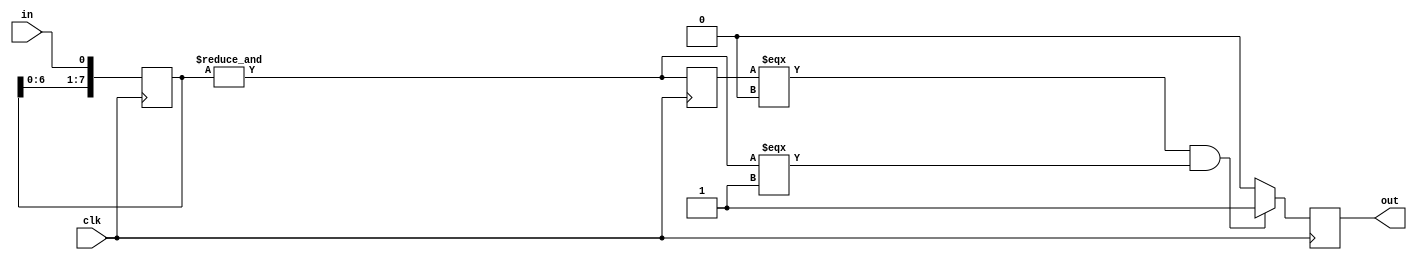
module debounce_onepulse #(
    parameter SIZE = 8
)(
	input clk,
	input in,
	output reg out
);
	
	reg [SIZE-1:0] DFF;
	reg delay;
	
	wire debounced;
	assign debounced = &DFF;
	
	always @(posedge clk) begin
        DFF[SIZE-1:1] <= DFF[SIZE-2:0];
        DFF[0] <= in;
    end
    
    always @(posedge clk) begin
        if((delay===1'b0) & (debounced===1'b1)) out <= 1'b1;
        else out <= 1'b0;
        delay <= debounced;
	end
endmodule